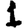
Digit: 1